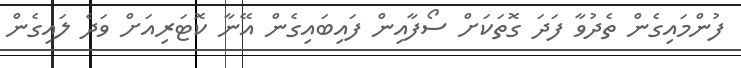
ފުންމައިގެން ތެދުވާ ފަދަ ގޮތަކަށް ސޯފާއިން ފައިބައިގެން އޭނާ ކޮޓަރިއަށް ވަދެ ލައިގެން